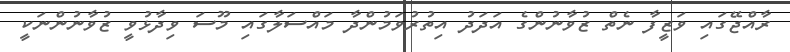
ރާއްޖޭގައި ވަޒީފާ ނެތް ޒުވާނުންގެ އަދަދު އިތުރުވަމުންދާ މައްސަލާގައި މޫސަ ވިދާޅުވީ ޒުވާނުންނަކީ